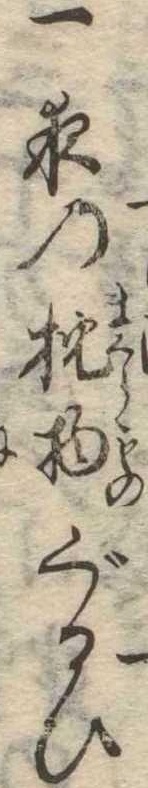
一夜の枕物ぐるひ